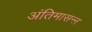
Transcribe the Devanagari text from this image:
अंतिमासन्ऩ